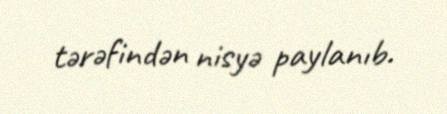
tərəfindən nisyə paylanıb.